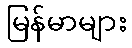
မြန်မာများ